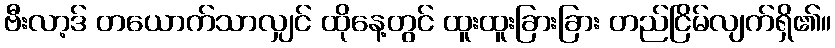
ဗီးလာ့ဒ် တယောက်သာလျှင် ထိုနေ့တွင် ထူးထူးခြားခြား တည်ငြိမ်လျက်ရှိ၏။